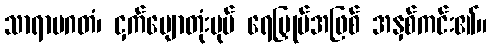
သာရာပဂတံ၊ ငှက်ပျောတုံးပုပ် ရေမြှုပ်အဖြစ် အနှစ်ကင်း၏။